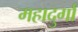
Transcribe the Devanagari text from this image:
महादुर्गा